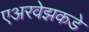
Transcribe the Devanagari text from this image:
एअरवेझकडे